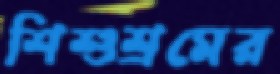
শিশুশ্রমের